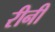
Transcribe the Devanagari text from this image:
रीनी